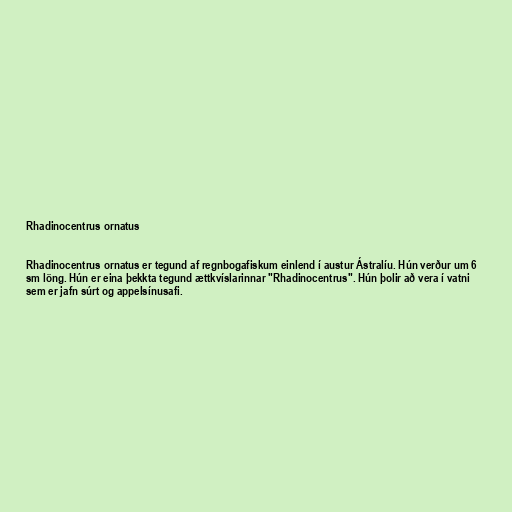
Rhadinocentrus ornatus

Rhadinocentrus ornatus er tegund af regnbogafiskum einlend í austur Ástralíu. Hún verður um 6
sm löng. Hún er eina þekkta tegund ættkvíslarinnar "Rhadinocentrus". Hún þolir að vera í vatni
sem er jafn súrt og appelsínusafi.